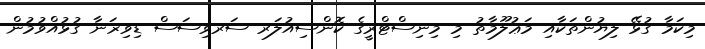
މިކަމާ ގުޅޭ ލިޔުންތަކާއި މަޢުލޫމާތު މި މިނިސްޓްރީގެ ކޮންސިއުލަރ ސަރވިސަސް ޑިވިޜަނާ ގުޅުއްވުމުން